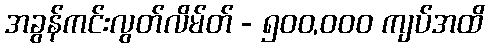
အခွန်ကင်းလွတ်လိမ်တ် - ၅၀၀,၀၀၀ ကျပ်အထိ